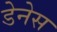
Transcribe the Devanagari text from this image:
डेनेस